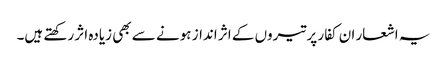
یہ اشعار ان کفار پر تیروں کے اثر انداز ہونے سے بھی زیادہ اثر رکھتے ہیں۔